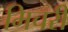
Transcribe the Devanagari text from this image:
मिचरी